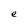
Character: e